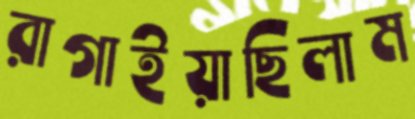
রাগাইয়াছিলাম